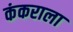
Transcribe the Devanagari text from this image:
कंकराला